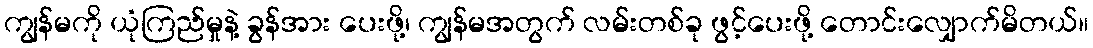
ကျွန်မကို ယုံကြည်မှုနဲ့ ခွန်အား ပေးဖို့၊ ကျွန်မအတွက် လမ်းတစ်ခု ဖွင့်ပေးဖို့ တောင်းလျှောက်မိတယ်။